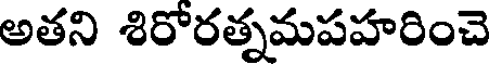
అతని శిరోరత్నమపహరించె